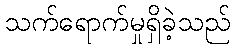
သက်ရောက်မှုရှိခဲ့သည်